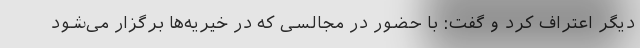
دیگر اعتراف کرد و گفت: با حضور در مجالسی که در خیریه‌ها برگزار می‌شود